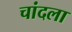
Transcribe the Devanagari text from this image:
चांदला